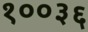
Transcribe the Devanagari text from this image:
१००३६